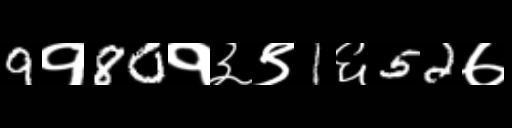
Text: 9१80१३९1६52७